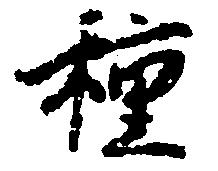
種